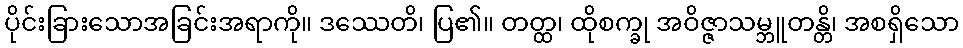
ပိုင်းခြားသောအခြင်းအရာကို။ ဒဿေတိ၊ ပြ၏။ တတ္ထ၊ ထိုစက္ခု အဝိဇ္ဇာသမ္ဘူတန္တိ၊ အစရှိသော